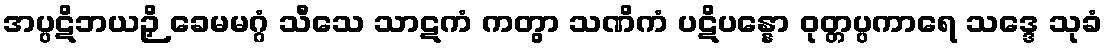
အပ္ပဋိဘယဉှိ ခေမမဂ္ဂံ သီသေ သာဋကံ ကတွာ သဏိကံ ပဋိပန္နော ဝုတ္တပ္ပကာရေ သဒ္ဒေ သုခံ